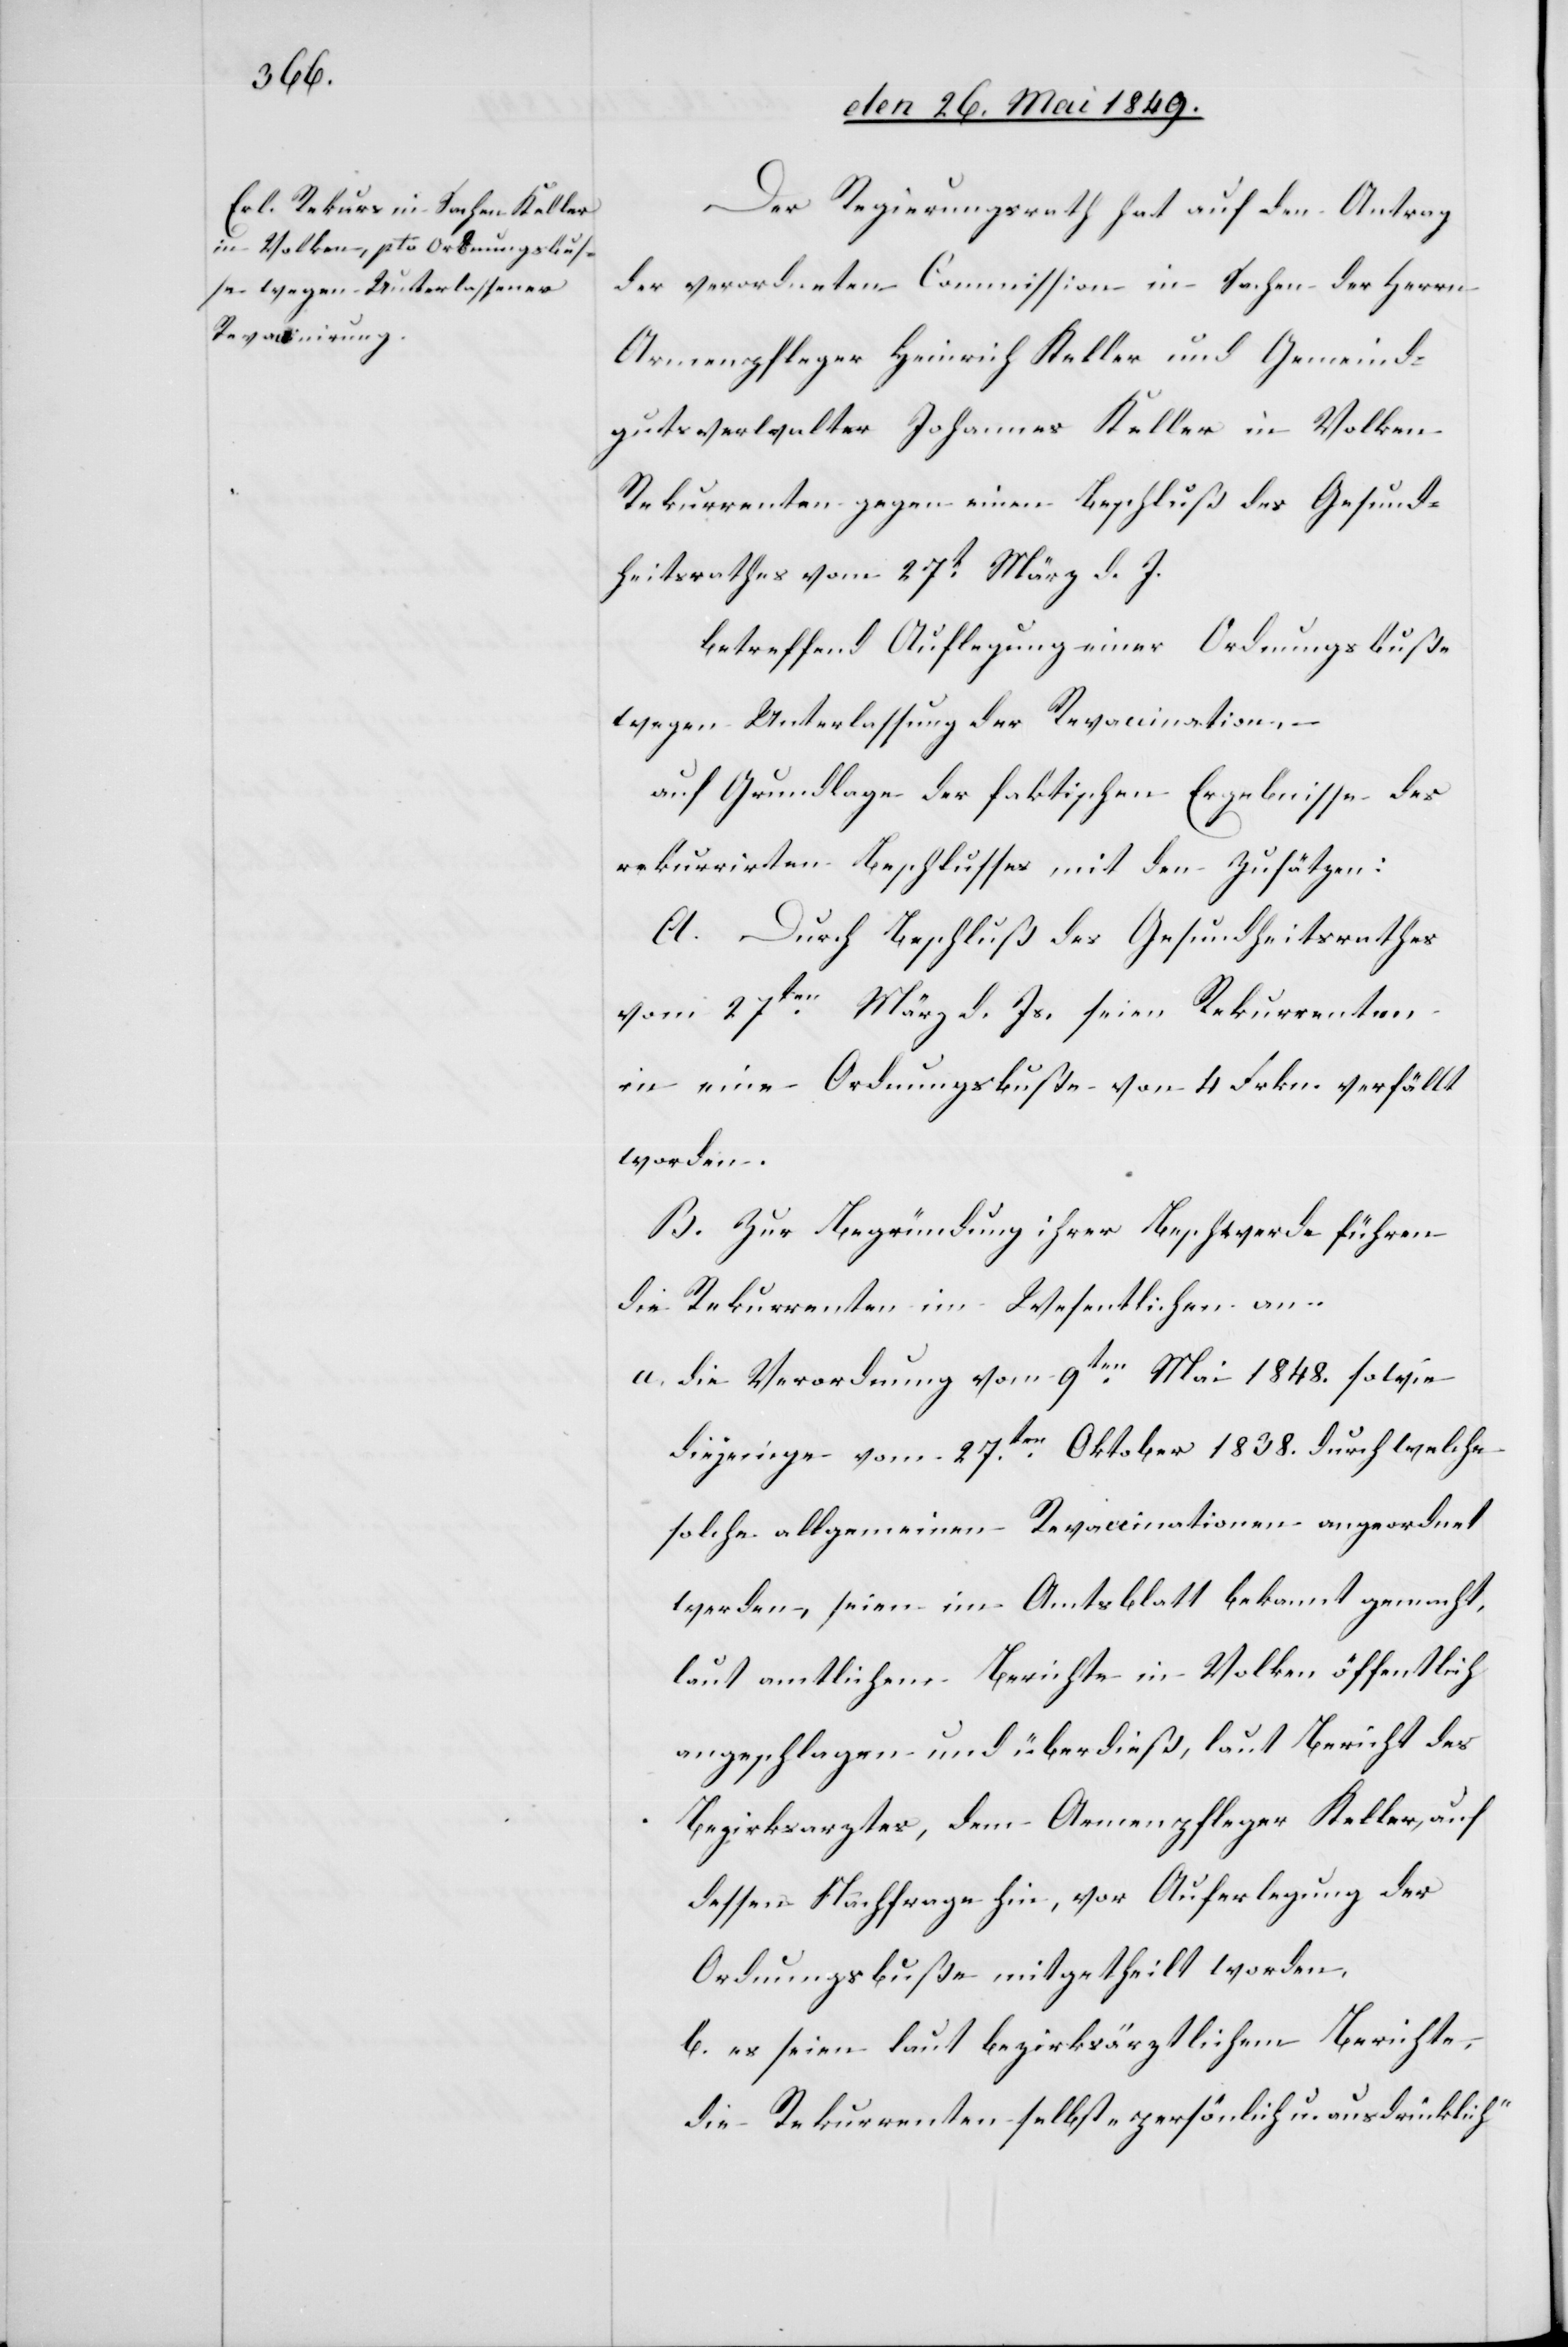
Der Regierungsrath hat auf den Antrag
der verordneten Commission in Sachen des Herrn
Armenpfleger Heinrich Keller und Gemeind¬
gutsverwalter Johannes Keller in Volken
Rekurrenten gegen einen Beschluß des Gesund¬
heitsrathes vom 27t März d. J.
betreffend Auflegung einer Ordnungsbuße
wegen Unterlassung der Revaccination, –
auf Grundlage der faktischen Ergebnisse des
rekurrirten Beschlusses mit den Zusätzen:
A. Durch Beschluß des Gesundheitsrathes
vom 27ten März d. Js. seien Rekurrenten
in eine Ordnungsbuße von 4. Frkn. verfällt
worden.
B. Zur Begründung ihrer Beschwerde führen
die Rekurrenten im Wesentlichen an.
a. die Verordnung vom 9ten Mai 1848. sowie
diejenige vom 27ten Oktober 1838. durch welche
solche allgemeinen Revaccinationen angeordnet
werden, seien im Amtsblatt bekannt gemacht,
laut amtlichem Berichte in Volken öffentlich
angeschlagen und überdieß, laut Bericht des
Bezirksarztes, dem Armenpfleger Keller, auf
dessen Nachfrage hin, vor Auferlegung der
Ordnungsbuße mitgetheilt worden,
b. es seien laut bezirksärztlichem Berichte,
die Rekurrenten selbst „persönlich ausdrücklich“